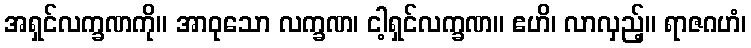
အရှင်လက္ခဏကို။ အာဝုသော လက္ခဏ၊ ငါ့ရှင်လက္ခဏ။ ဧဟိ၊ လာလှည့်။ ရာဇဂဟံ၊